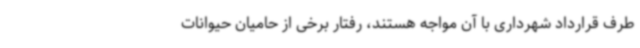
طرف قرارداد شهرداری با آن مواجه هستند، رفتار برخی از حامیان حیوانات